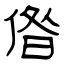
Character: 偺